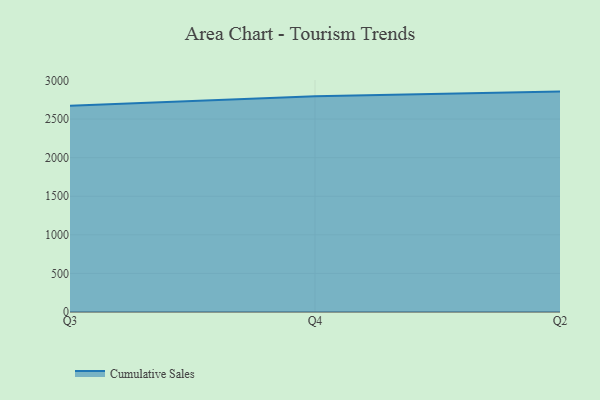
{"axis": {"x": "Quarter", "y": "Backlog"}, "legend": ["Cumulative Sales"], "data": [{"x": "Q3", "y": 2673.1, "type": "Cumulative Sales"}, {"x": "Q4", "y": 2796.4, "type": "Cumulative Sales"}, {"x": "Q2", "y": 2856.0, "type": "Cumulative Sales"}]}